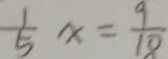
\frac { 1 } { 5 } x = \frac { 9 } { 1 8 }